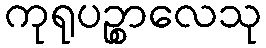
ကုရုပဉ္စာလေသု